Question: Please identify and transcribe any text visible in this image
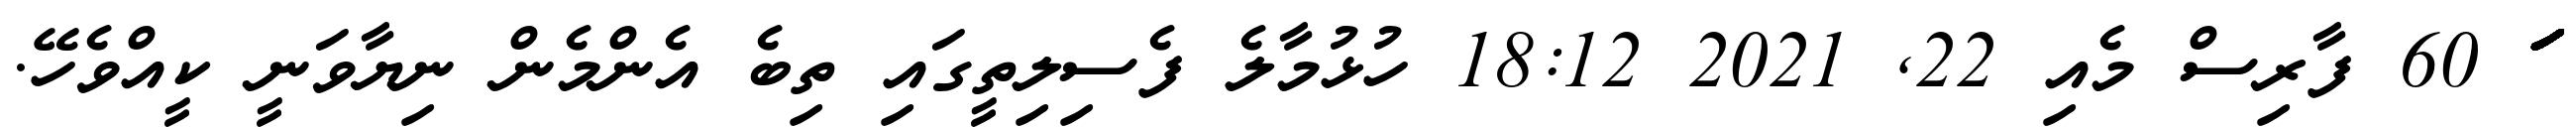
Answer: ަަަަަަަަަަަަަަަަަަަަަަަަަަަަަަަަަަަަަަަަަަަަަަަަަަަަަަަަަަ 60 ފާރިސް މެއި 22, 2021 18:12 ހުޅުމާލެ ފެސިލިތީގައި ތިބެ އެންމެން ނިޔާވަނީ ކީއްވެހޭ.